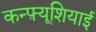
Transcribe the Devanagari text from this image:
कन्फ़्यूशियाई